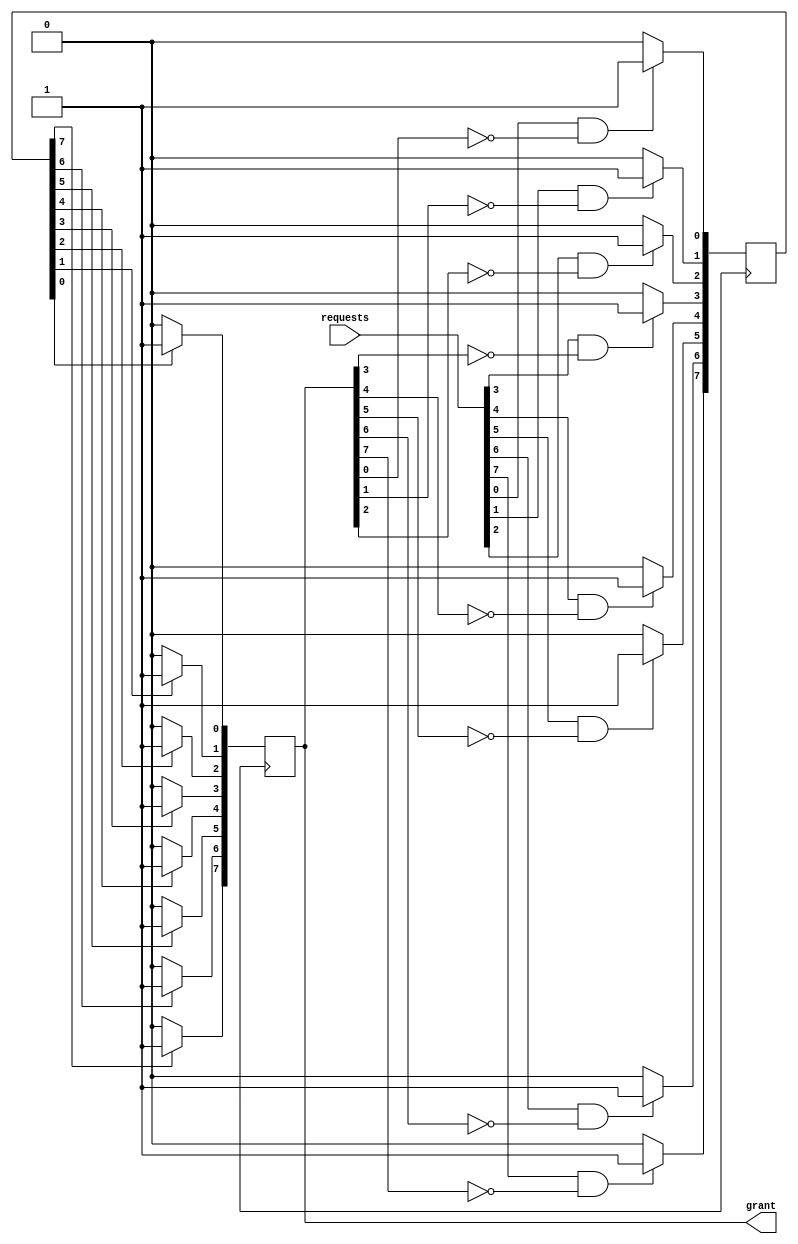
module parallel_arbiter (
    input wire [7:0] requests,
    output reg [7:0] grant
);

reg [7:0] priority;
integer i;

always @ (posedge clk) begin
    for (i = 0; i < 8; i = i + 1) begin
        if (requests[i] && !grant[i]) begin
            priority[i] <= 1;
        end else begin
            priority[i] <= 0;
        end
    end
end

always @ (posedge clk) begin
    for (i = 0; i < 8; i = i + 1) begin
        if (priority[i]) begin
            grant[i] <= 1;
        end else begin
            grant[i] <= 0;
        end
    end
end

endmodule